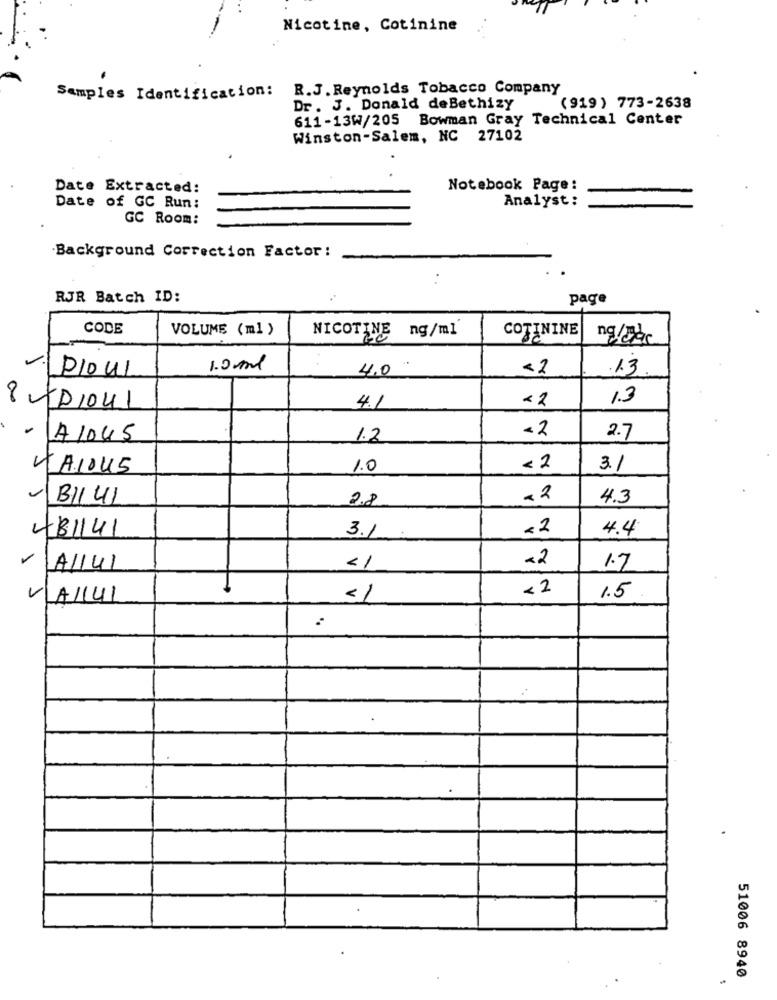
Nicotine, Cotinine
R.J. Reynolds Tobacco Company
Samples Identification:
Dr. J. Donald deBethizy
(919) 773-2638
611-13W/205 Bowman Gray Technical Center
Winston-Salem, NC 27102
Date Extracted:
Notebook Page :
Analyst:
Date of GC Run:
GC Room:
Background Correction Factor:
. .
RJR Batch ID:
page
CODE
VOLUME (ml )
COTININE
NICOTINE ng/ml
ng/Jac
1.0ml
4.0
<2
.13
Poul
<2
1.3
800/04/
4.1
-2
- A1045
1.2
2.7
KAIOUS
1.0
< 2
3.1
-BII 41
2.8
-2
4.3
<2
4.4
481141
3.1
<2
A/141
1.7
<2
VAI141
<1
1.5
51006 8940